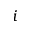
i